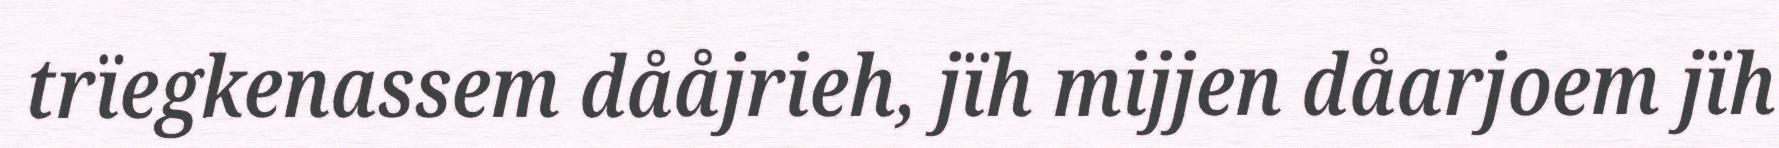
trïegkenassem dååjrieh, jïh mijjen dåarjoem jïh